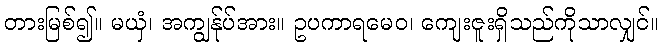
တားမြစ်၍။ မယှံ၊ အကျွန်ုပ်အား။ ဥပကာရမေဝ၊ ကျေးဇူးရှိသည်ကိုသာလျှင်။